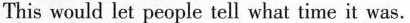
This would let people tell what time it was.